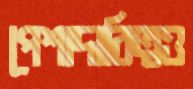
পেশাদারিত্বও